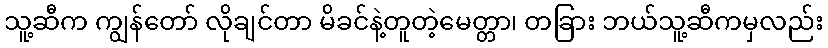
သူ့ဆီက ကျွန်တော် လိုချင်တာ မိခင်နဲ့တူတဲ့မေတ္တာ၊ တခြား ဘယ်သူ့ဆီကမှလည်း